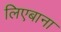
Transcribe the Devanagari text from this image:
लिएबाना